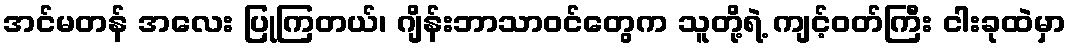
အင်မတန် အလေး ပြုကြတယ်၊ ဂျိန်းဘာသာဝင်တွေက သူတို့ရဲ့ ကျင့်ဝတ်ကြီး ငါးခုထဲမှာ